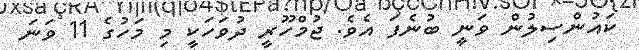
ކައުންސިލުން ވަނީ ބުނެފަ އެވެ. ޖުމްހޫރީ ދުވަހަކީ މި މަހުގެ 11 ވަނަ